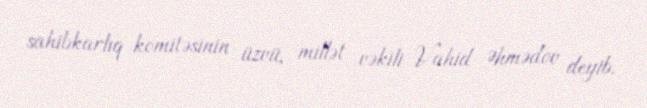
sahibkarlıq komitəsinin üzvü, millət vəkili Vahid Əhmədov deyib.